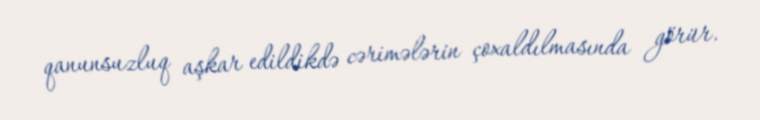
qanunsuzluq aşkar edildikdə cərimələrin çoxaldılmasında görür.